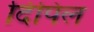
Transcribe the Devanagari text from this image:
दिपिल